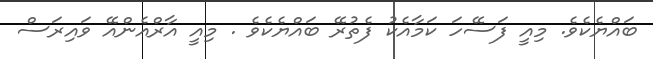
ބައްޔެކެވެ. މިއީ ފަސޭހަ ކަމާއެކު ފެތުރޭ ބައްޔެކެވެ . މިއީ އާރްއެންއޭ ވައިރަސް